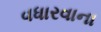
વધારવાના